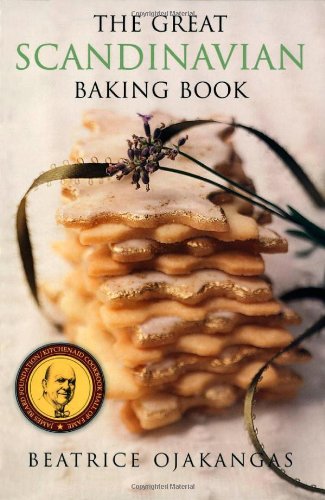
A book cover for The Great Scandinavian Baking Book; Beatrice Ojakangas; Cookbooks, Food & Wine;